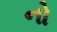
નો